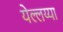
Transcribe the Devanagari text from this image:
येल्लय्या